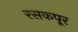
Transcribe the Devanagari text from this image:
रसकपूर